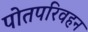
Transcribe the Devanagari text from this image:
पोतपरिवहन